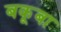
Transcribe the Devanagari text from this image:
बकूबा